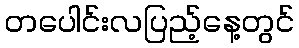
တပေါင်းလပြည့်နေ့တွင်